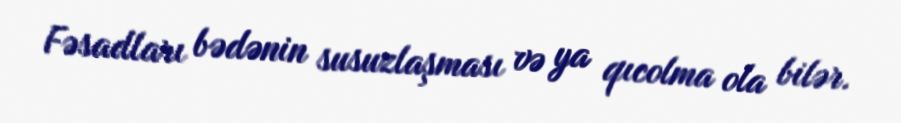
Fəsadları bədənin susuzlaşması və ya qıcolma ola bilər.